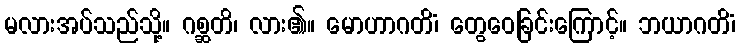
မလားအပ်သည်သို့။ ဂစ္ဆတိ၊ လား၏။ မောဟာဂတိံ၊ တွေဝေခြင်းကြောင့်။ ဘယာဂတိံ၊